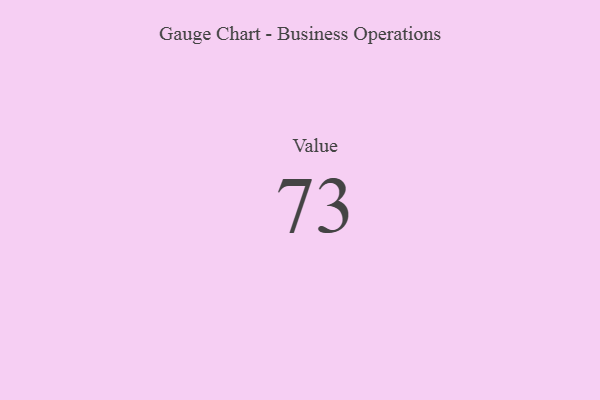
{"axis": {"x": "Metric", "y": "Value"}, "legend": [""], "data": [{"x": "Value", "y": 73, "type": ""}]}